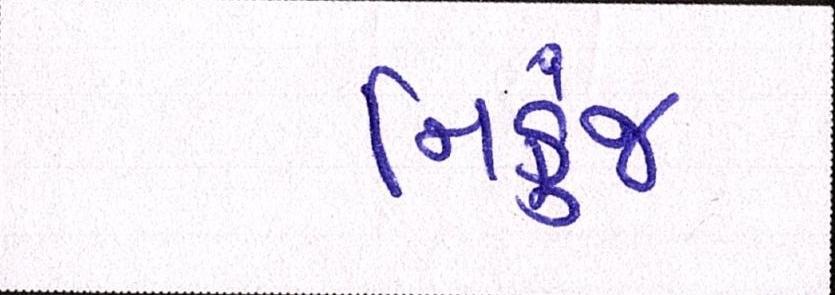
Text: નિકુંજ